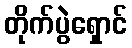
တိုက်ပွဲရှောင်